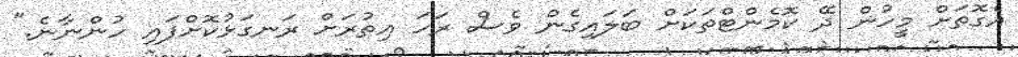
އެގޮތަށް މީހުން ދޭ ކޮމެންޓްތަކަށް ބަލައިގެން ވެސް ރަހަ އިތުރަށް ރަނގަޅުކޮށްފައި ހުންނާނެ."